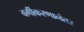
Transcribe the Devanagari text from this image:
वर्गीकरणानंतर